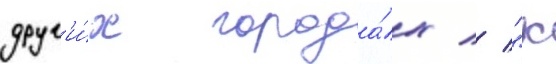
друг'и́х города́х // "к